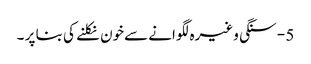
5 - سنگی وغیرہ لگوانے سےخون نکلنے کی بنا پر ۔